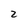
Character: Z